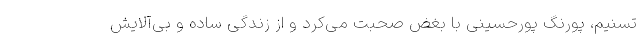
تسنیم، پورنگ پورحسینی با بغض صحبت می‌کرد و از زندگی ساده و بی‌آلایش